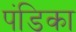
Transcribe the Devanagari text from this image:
पंडिका